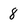
Character: 8